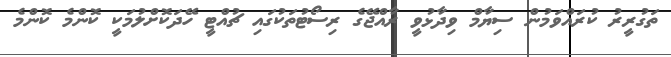
ތަގުރީރު ކުރައްވަމުން ސިޔާމް ވިދާޅުވީ ރާއްޖޭގެ ރިސޯޓުތަކުގައި ޗުއްޓީ ހޭދަކޮށްލުމަކީ ކޮންމެ ކޮންމެ